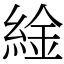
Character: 䋮